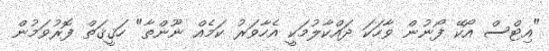
"އިޓްސް އޯކޭ ފޯނުން ވާހަކަ ދައްކާލުމަކީ އެހާވަރު ކަމެއް ނޫންތާ" ހަޤީޤަތް ފޮރުވަމުން